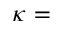
\kappa =